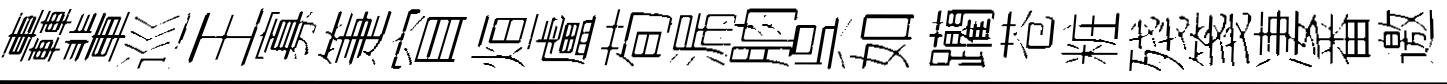
轟輩巡王寡箑窅烜盧荀漏朒呉如躪苍粧殘箋凄番邀